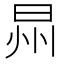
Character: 𣌮